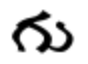
గు